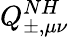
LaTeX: Q_{\pm,\mu\nu}^{NH}